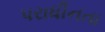
પરાધીનતા